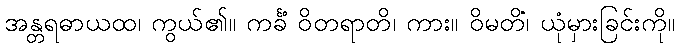
အန္တရဓာယထ၊ ကွယ်၏။ ကင်္ခံ ဝိတရာတိ၊ ကား။ ဝိမတိံ၊ ယုံမှားခြင်းကို။